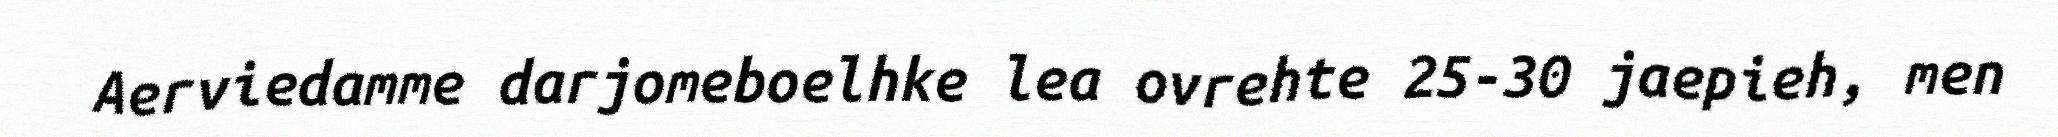
Aerviedamme darjomeboelhke lea ovrehte 25-30 jaepieh, men